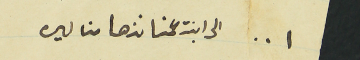
٠٠١ الى ابنت عمنا نزها منا ليره